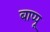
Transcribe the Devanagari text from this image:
बाप्पू